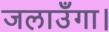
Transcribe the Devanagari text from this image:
जलाउँगा।